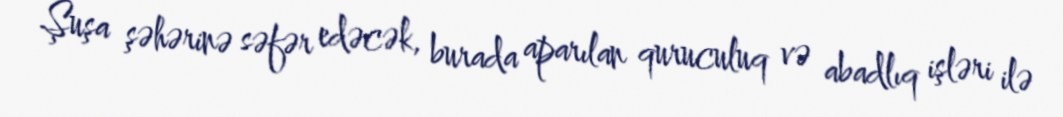
Şuşa şəhərinə səfər edəcək, burada aparılan quruculuq və abadlıq işləri ilə